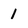
Character: 1